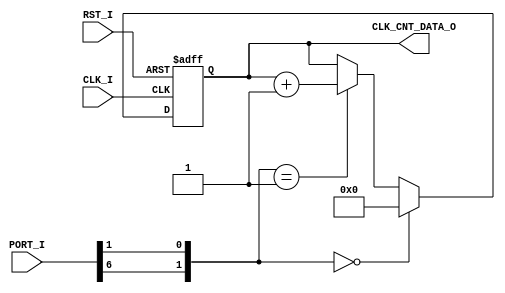
// [TURBO9_HEADER_START]
//////////////////////////////////////////////////////////////////////////////
//                          Turbo9 Microprocessor IP
//////////////////////////////////////////////////////////////////////////////
// Website: www.turbo9.org
// Contact: team[at]turbo9[dot]org
//////////////////////////////////////////////////////////////////////////////
// [TURBO9_LICENSE_START]
// BSD-1-Clause
//
// Copyright (c) 2020-2023
// Kevin Phillipson
// Michael Rywalt
// All rights reserved.
//
// Redistribution and use in source and binary forms, with or without
// modification, are permitted provided that the following conditions are met:
//
// 1. Redistributions of source code must retain the above copyright notice,
//    this list of conditions and the following disclaimer.
//
// THIS SOFTWARE IS PROVIDED BY THE COPYRIGHT HOLDERS AND CONTRIBUTORS "AS IS"
// AND ANY EXPRESS OR IMPLIED WARRANTIES, INCLUDING, BUT NOT LIMITED TO, THE
// IMPLIED WARRANTIES OF MERCHANTABILITY AND FITNESS FOR A PARTICULAR PURPOSE
// ARE DISCLAIMED. IN NO EVENT SHALL THE COPYRIGHT HOLDERS AND CONTRIBUTORS BE
// LIABLE FOR ANY DIRECT, INDIRECT, INCIDENTAL, SPECIAL, EXEMPLARY, OR
// CONSEQUENTIAL DAMAGES (INCLUDING, BUT NOT LIMITED TO, PROCUREMENT OF
// SUBSTITUTE GOODS OR SERVICES; LOSS OF USE, DATA, OR PROFITS; OR BUSINESS
// INTERRUPTION) HOWEVER CAUSED AND ON ANY THEORY OF LIABILITY, WHETHER IN
// CONTRACT, STRICT LIABILITY, OR TORT (INCLUDING NEGLIGENCE OR OTHERWISE)
// ARISING IN ANY WAY OUT OF THE USE OF THIS SOFTWARE, EVEN IF ADVISED OF THE
// POSSIBILITY OF SUCH DAMAGE.
// [TURBO9_LICENSE_END]
//////////////////////////////////////////////////////////////////////////////
// Description: Simple timer for counting clock cycles
//
//////////////////////////////////////////////////////////////////////////////
// History:
// 07.14.2023 - Kevin Phillipson
//   File header added
//
//////////////////////////////////////////////////////////////////////////////
// [TURBO9_HEADER_END]

/////////////////////////////////////////////////////////////////////////////
//                                MODULE
/////////////////////////////////////////////////////////////////////////////
module clk_counter
(
  // Inputs: Clock & Reset
  input          RST_I,
  input          CLK_I,

  // Inputs         
  input [ 7:0]   PORT_I,
  output [31:0]  CLK_CNT_DATA_O
);


/////////////////////////////////////////////////////////////////////////////
//                             INTERNAL SIGNALS
/////////////////////////////////////////////////////////////////////////////

reg   [31:0]  clk_cnt_reg;
localparam    clk_cnt_rst = 32'd0;

wire [1:0] state = {PORT_I[6], PORT_I[1]};
localparam  CLEAR = 2'b00;
localparam  RUN   = 2'b01;
localparam  STOP  = 2'b11;

/////////////////////////////////////////////////////////////////////////////


/////////////////////////////////////////////////////////////////////////////
//                               Clock Counter
/////////////////////////////////////////////////////////////////////////////
always @(posedge CLK_I, posedge RST_I) begin
  if (RST_I) begin
    clk_cnt_reg   <= clk_cnt_rst;  
  end else begin
    if (state == CLEAR) begin
      clk_cnt_reg <= clk_cnt_rst;
    end else if (state == RUN) begin
      clk_cnt_reg <= clk_cnt_reg + 32'd1;
    end
  end
end
//
/////////////////////////////////////////////////////////////////////////////


/////////////////////////////////////////////////////////////////////////////
//                             ASSIGN OUTPUTS
/////////////////////////////////////////////////////////////////////////////

assign CLK_CNT_DATA_O = clk_cnt_reg;

/////////////////////////////////////////////////////////////////////////////

endmodule